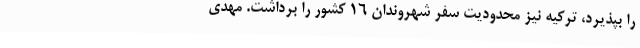
را بپذیرد، ترکیه نیز محدودیت سفر شهروندان ۱۶ کشور را برداشت. مهدی